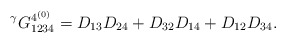
\begin{align*} {}^\gamma G^{{4}^{(0)}}_{1234}=D_{13}D_{24}+D_{32}D_{14}+D_{12}D_{34}.\end{align*}